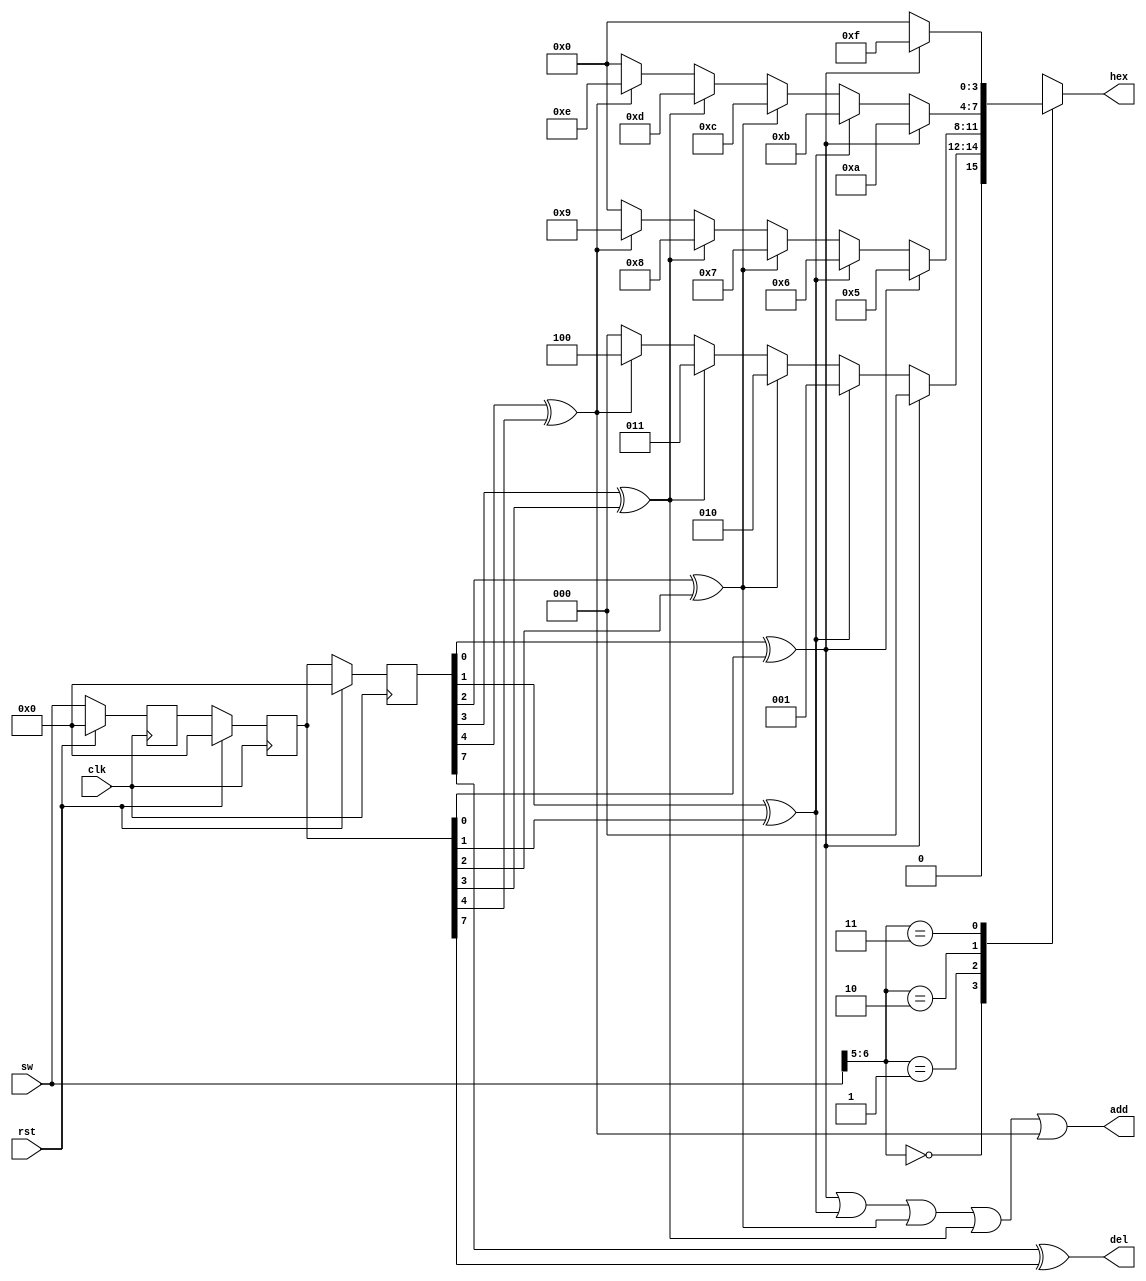
module Ded(
    input clk,
    input rst,

    input [7:0] sw,            // The switches 
    output reg [3:0] hex,      // The code
    output reg add,            // When any switches change, there will be a high-level pulse for one clock cycle.
    output reg del
);

    reg [7:0] sw_change;
    reg [7:0] sw_1, sw_2, sw_3;
    wire [1:0] sw_status;

    assign sw_status = sw[6:5];

    always @(posedge clk) begin
        if (rst) begin
            sw_1 <= 0;
            sw_2 <= 0;
            sw_3 <= 0;
        end
        else begin
            sw_1 <= sw;
            sw_2 <= sw_1;
            sw_3 <= sw_2;
        end
    end

    always @(*) begin
        sw_change[0] = (sw_3[0] ^ sw_2[0]);
        sw_change[1] = (sw_3[1] ^ sw_2[1]);
        sw_change[2] = (sw_3[2] ^ sw_2[2]);
        sw_change[3] = (sw_3[3] ^ sw_2[3]);
        sw_change[4] = (sw_3[4] ^ sw_2[4]);
        sw_change[5] = (sw_3[5] ^ sw_2[5]);
        sw_change[6] = (sw_3[6] ^ sw_2[6]);
        sw_change[7] = (sw_3[7] ^ sw_2[7]);
    end

    always @(*) begin
        hex = 0;
        case (sw_status)
            2'b00: begin 
                if (sw_change[0] == 1)
                    hex = 4'h0;
                else if (sw_change[1] == 1)
                    hex = 4'h1;
                else if (sw_change[2] == 1)
                    hex = 4'h2;
                else if (sw_change[3] == 1)
                    hex = 4'h3;
                else if (sw_change[4] == 1)
                    hex = 4'h4;
            end
            2'b01: begin 
                if (sw_change[0] == 1)
                    hex = 4'h5;
                else if (sw_change[1] == 1)
                    hex = 4'h6;
                else if (sw_change[2] == 1)
                    hex = 4'h7;
                else if (sw_change[3] == 1)
                    hex = 4'h8;
                else if (sw_change[4] == 1)
                    hex = 4'h9;
            end
            2'b10: begin
                if (sw_change[0] == 1)
                    hex = 4'ha;
                else if (sw_change[1] == 1)
                    hex = 4'hb;
                else if (sw_change[2] == 1)
                    hex = 4'hc;
                else if (sw_change[3] == 1)
                    hex = 4'hd;
                else if (sw_change[4] == 1)
                    hex = 4'he;
            end
            2'b11: begin
                if (sw_change[0] == 1)
                    hex = 4'hf;
                else
                    hex = 4'h0;
            end
        endcase
    end

    always @(*) begin
        add = sw_change[0] || sw_change[1] || sw_change[2] || sw_change[3] || sw_change[4];
        del = sw_change[7];
    end

endmodule